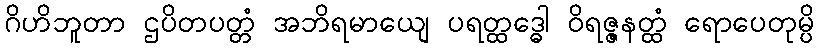
ဂိဟိဘူတာ ဌပိတပတ္တံ အဘိရမာယျေ ပရတ္ထဒ္ဓေါ ဝိရဇ္ဇနတ္ထံ ရောပေတုမ္ပိ